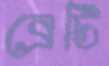
ব্রেটি